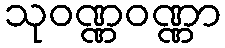
သုဝဏ္ဏဝဏ္ဏာ